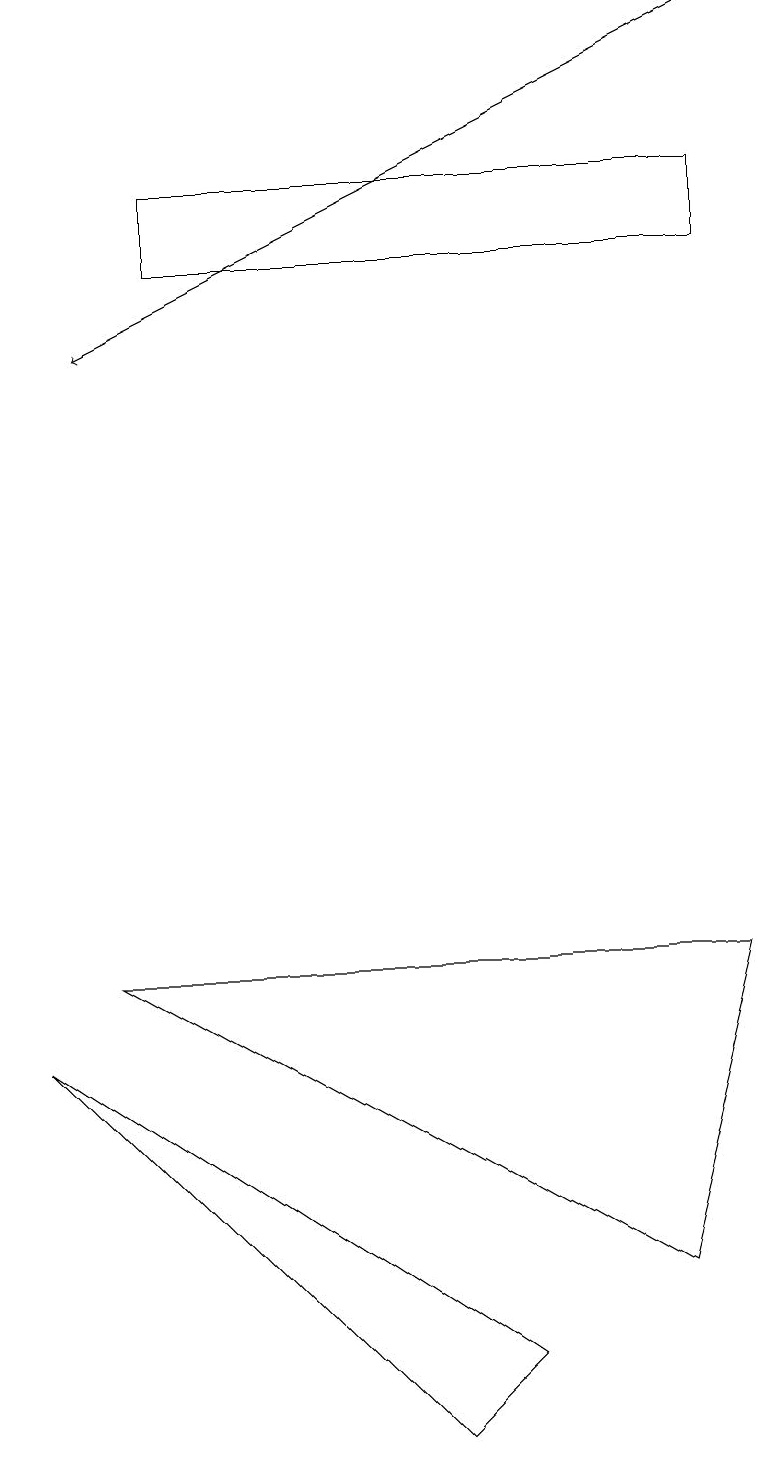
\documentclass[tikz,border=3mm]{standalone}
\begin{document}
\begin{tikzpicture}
\draw (0,6) -- (6,2) -- (5,1) -- cycle;
\draw (9,7) -- (1,7) -- (8,3) -- cycle;
\draw (2,17) rectangle (9,16);
\draw[->] (9,19) -- (1,15);
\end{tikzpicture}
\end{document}